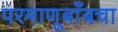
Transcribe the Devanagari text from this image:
परमाणूबाँबचा